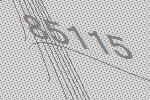
85115